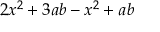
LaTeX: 2 x ^ { 2 } + 3 a b - x ^ { 2 } + a b